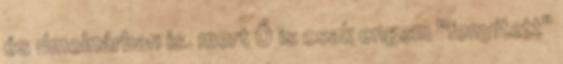
és dmolnárban is. mert Ő is csak engem "fenyített"